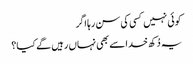
کوئی نہیں کسی کی سن رہا اگر
یہ دُکھ خدا سے بھی نہاں رہیں گے کیا؟